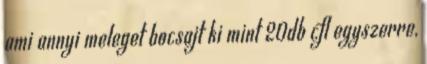
ami annyi meleget bocsajt ki mint 20db cfl egyszerre,